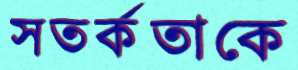
সতর্কতাকে